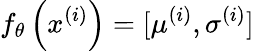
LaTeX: f_{\theta}\left(x^{(i)}\right)=[\mu^{\left(i\right)},\sigma^{\left(i\right)}]